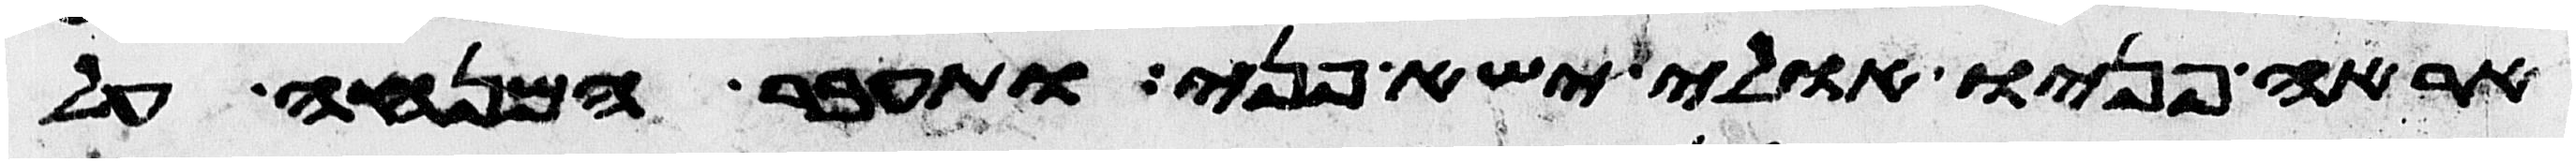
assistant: אראה פניו אולי ישא פני ותעבר המנחה על